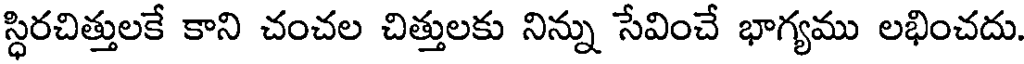
స్ధిరచిత్తులకే కాని చంచల చిత్తులకు నిన్ను సేవించే భాగ్యము లభించదు.